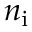
n _ { \mathrm { i } }